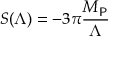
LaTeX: S ( \Lambda ) = - 3 \pi \frac { M _ { \sf P } } { \Lambda }